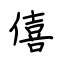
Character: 僖